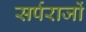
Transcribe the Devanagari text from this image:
सर्पराजों